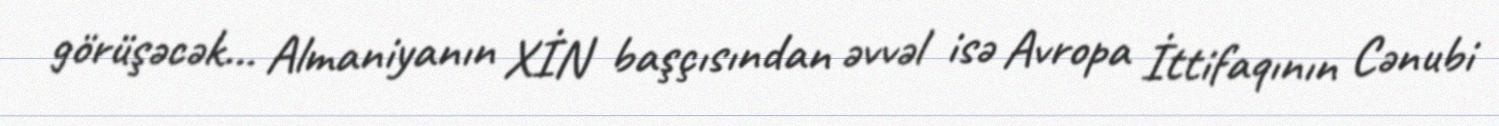
görüşəcək... Almaniyanın XİN başçısından əvvəl isə Avropa İttifaqının Cənubi